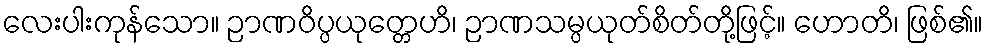
လေးပါးကုန်သော။ ဉာဏဝိပ္ပယုတ္တေဟိ၊ ဉာဏသမ္ပယုတ်စိတ်တို့ဖြင့်။ ဟောတိ၊ ဖြစ်၏။